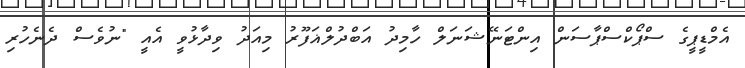
އެމްޑީޕީގެ ސްޕޯކްސްޕާސަން އިންޓަނޭޝަނަލް ހާމިދު އަބްދުލްޣަފޫރު މިއަދު ވިދާޅުވީ އެއީ "ނުވެސް ދެނެހުރި